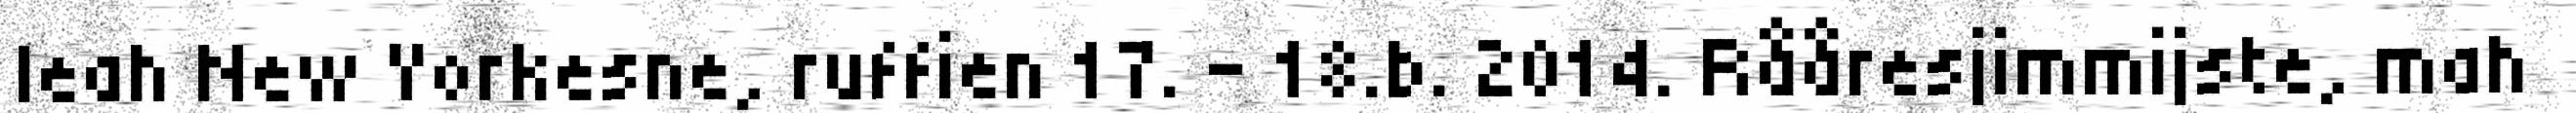
leah New Yorkesne, ruffien 17. – 18.b. 2014. Rååresjimmijste, mah